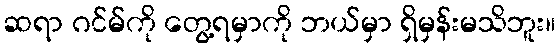
ဆရာ ဂင်မ်ကို တွေ့ရမှာကို ဘယ်မှာ ရှိမှန်းမသိဘူး။